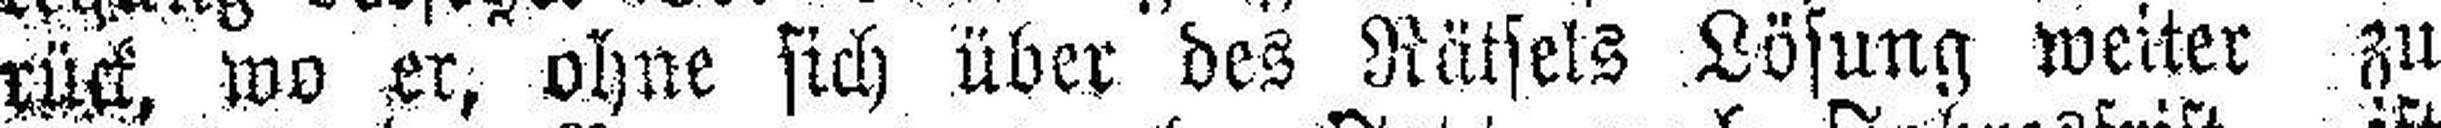
rück, wo er, ohne sich über des Rätsels Lösung weiter zu